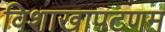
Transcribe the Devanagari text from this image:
विशाखापटणम